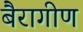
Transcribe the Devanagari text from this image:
बैरागीण